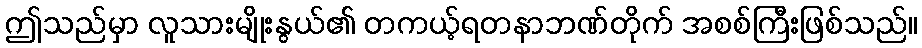
ဤသည်မှာ လူသားမျိုးနွယ်၏ တကယ့်ရတနာဘဏ်တိုက် အစစ်ကြီးဖြစ်သည်။